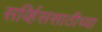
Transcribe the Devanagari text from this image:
सर्व्हिससाठीच्या